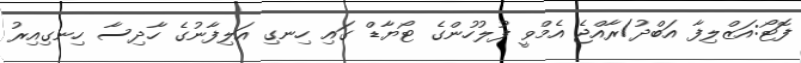
ފޮޓޯ:އަޒްލިފާ އަބްދު/ރާއްޖެ އެމްވީ ފުލުހުންގެ ޓޯޔާޑް ގައި ހިނގި އަލިފާނުގެ ހާދިސާ ހިނގިއިރު